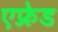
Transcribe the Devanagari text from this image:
एफ्रेड